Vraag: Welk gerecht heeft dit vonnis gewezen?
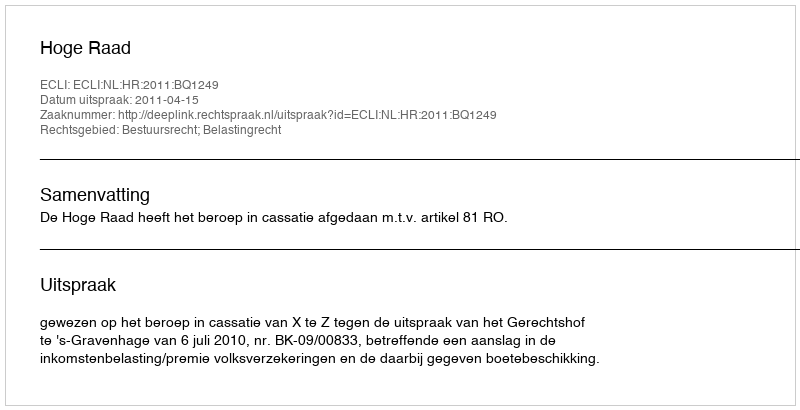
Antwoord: Hoge Raad